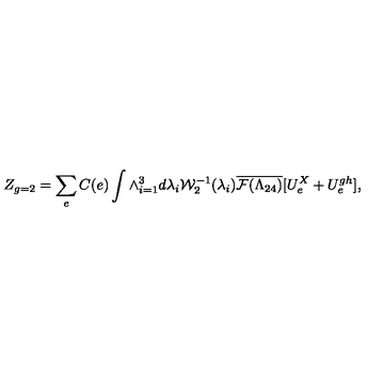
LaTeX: Z _ { g = 2 } = \sum _ { e } C ( e ) \int \wedge _ { i = 1 } ^ { 3 } d \lambda _ { i } { \cal W } _ { 2 } ^ { - 1 } ( \lambda _ { i } ) \overline { { { \cal F } ( \Lambda _ { 2 4 } ) } } [ U _ { e } ^ { X } + U _ { e } ^ { g h } ] ,